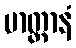
မာတ္တာနံ